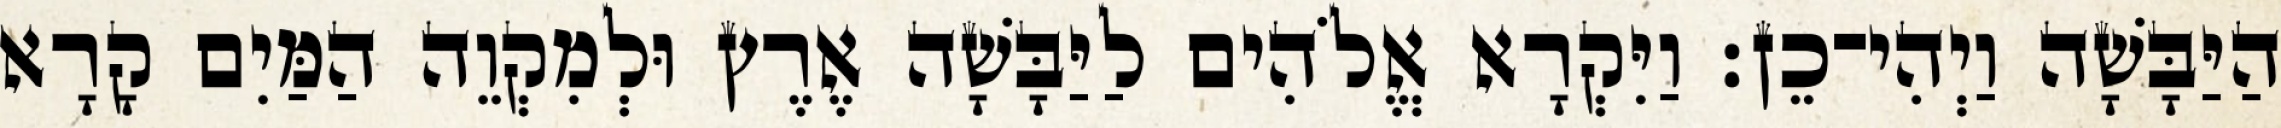
הַיַּבָּשָׁה וַיְהִי־כֵן׃ וַיִּקְרָא אֱלֹהִים לַיַּבָּשָׁה אֶרֶץ וּלְמִקְוֵה הַמַּיִם קָרָא